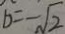
b = - \sqrt { 2 }